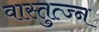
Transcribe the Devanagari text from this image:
वास्तुत्ज्न